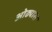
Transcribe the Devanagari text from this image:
ओढ्यास